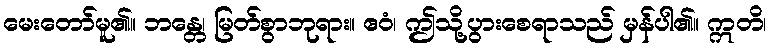
မေးတော်မူ၏။ ဘန္တေ၊ မြတ်စွာဘုရား။ ဧဝံ၊ ဤသို့ပွားစေရာသည် မှန်ပါ၏။ ဣတိ၊